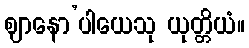
ဈာနော’ပါယေသု ယုတ္တိယံ။